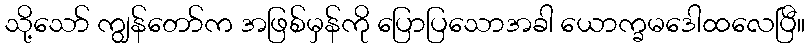
သို့သော် ကျွန်တော်က အဖြစ်မှန်ကို ပြောပြသောအခါ ယောက္ခမဒေါထလေပြီ။